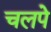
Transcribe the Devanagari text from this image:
चलपे